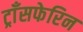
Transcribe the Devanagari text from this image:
ट्राँसफेरिन